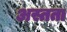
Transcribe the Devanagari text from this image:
अस्तता